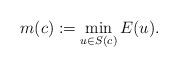
LaTeX: \begin{align*} m(c):=\min_{u \in S(c)} E(u).\end{align*}